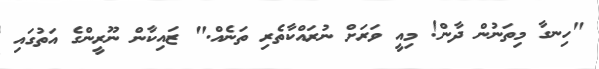
"ހިނގާ މިތަނުން ދާން! މިއީ ވަރަށް ނުރައްކާތެރި ތަނެއް." ޒައިކާން ނޫރީންގެ އަތުގައި